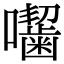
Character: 𭌰